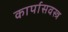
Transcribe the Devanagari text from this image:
कार्पासवस्त्र